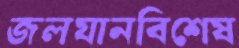
জলযানবিশেষ